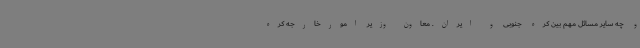
و چه سایر مسائل مهم بین کره جنوبی و ایران. معاون وزیر امورخارجه کره